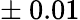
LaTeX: \pm\ 0.01